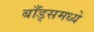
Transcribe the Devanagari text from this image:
बाँड्समध्ये